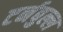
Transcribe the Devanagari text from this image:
टर्नबुल्ल